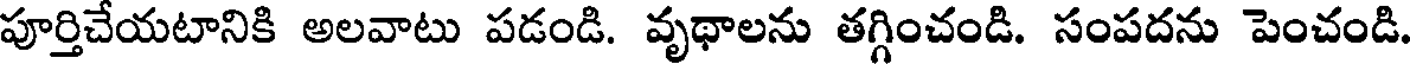
పూర్తిచేయటానికి అలవాటు పడండి. వృథాలను తగ్గించండి. సంపదను పెంచండి.